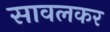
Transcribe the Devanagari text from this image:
सावलकर